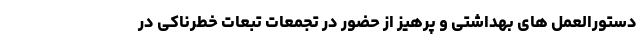
دستورالعمل های بهداشتی و پرهیز از حضور در تجمعات تبعات خطرناکی در